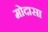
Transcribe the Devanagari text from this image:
मोदासा